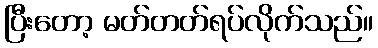
ပြီးတော့ မတ်တတ်ရပ်လိုက်သည်။